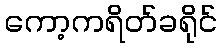
ကော့ကရိတ်ခရိုင်